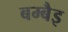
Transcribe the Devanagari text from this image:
बम्बैइ